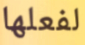
لفعلها